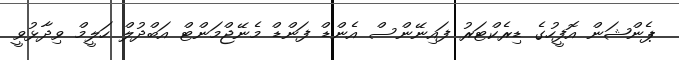
ޕެންޝަން އޮފީހުގެ ޑިރެކްޓަރު ފައިނޭންސް އެންޑް ފަންޑް މެނޭޖްމަންޓް އަބްދުލް ހަލީމް ވިދާޅުވީ